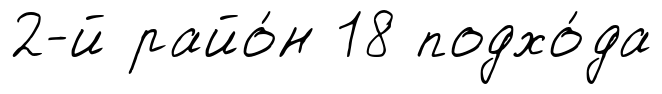
2-й райо́н 18 подхо́да